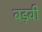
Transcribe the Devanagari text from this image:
बड़वी